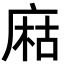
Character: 𢉽